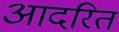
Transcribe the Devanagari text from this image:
आदरित